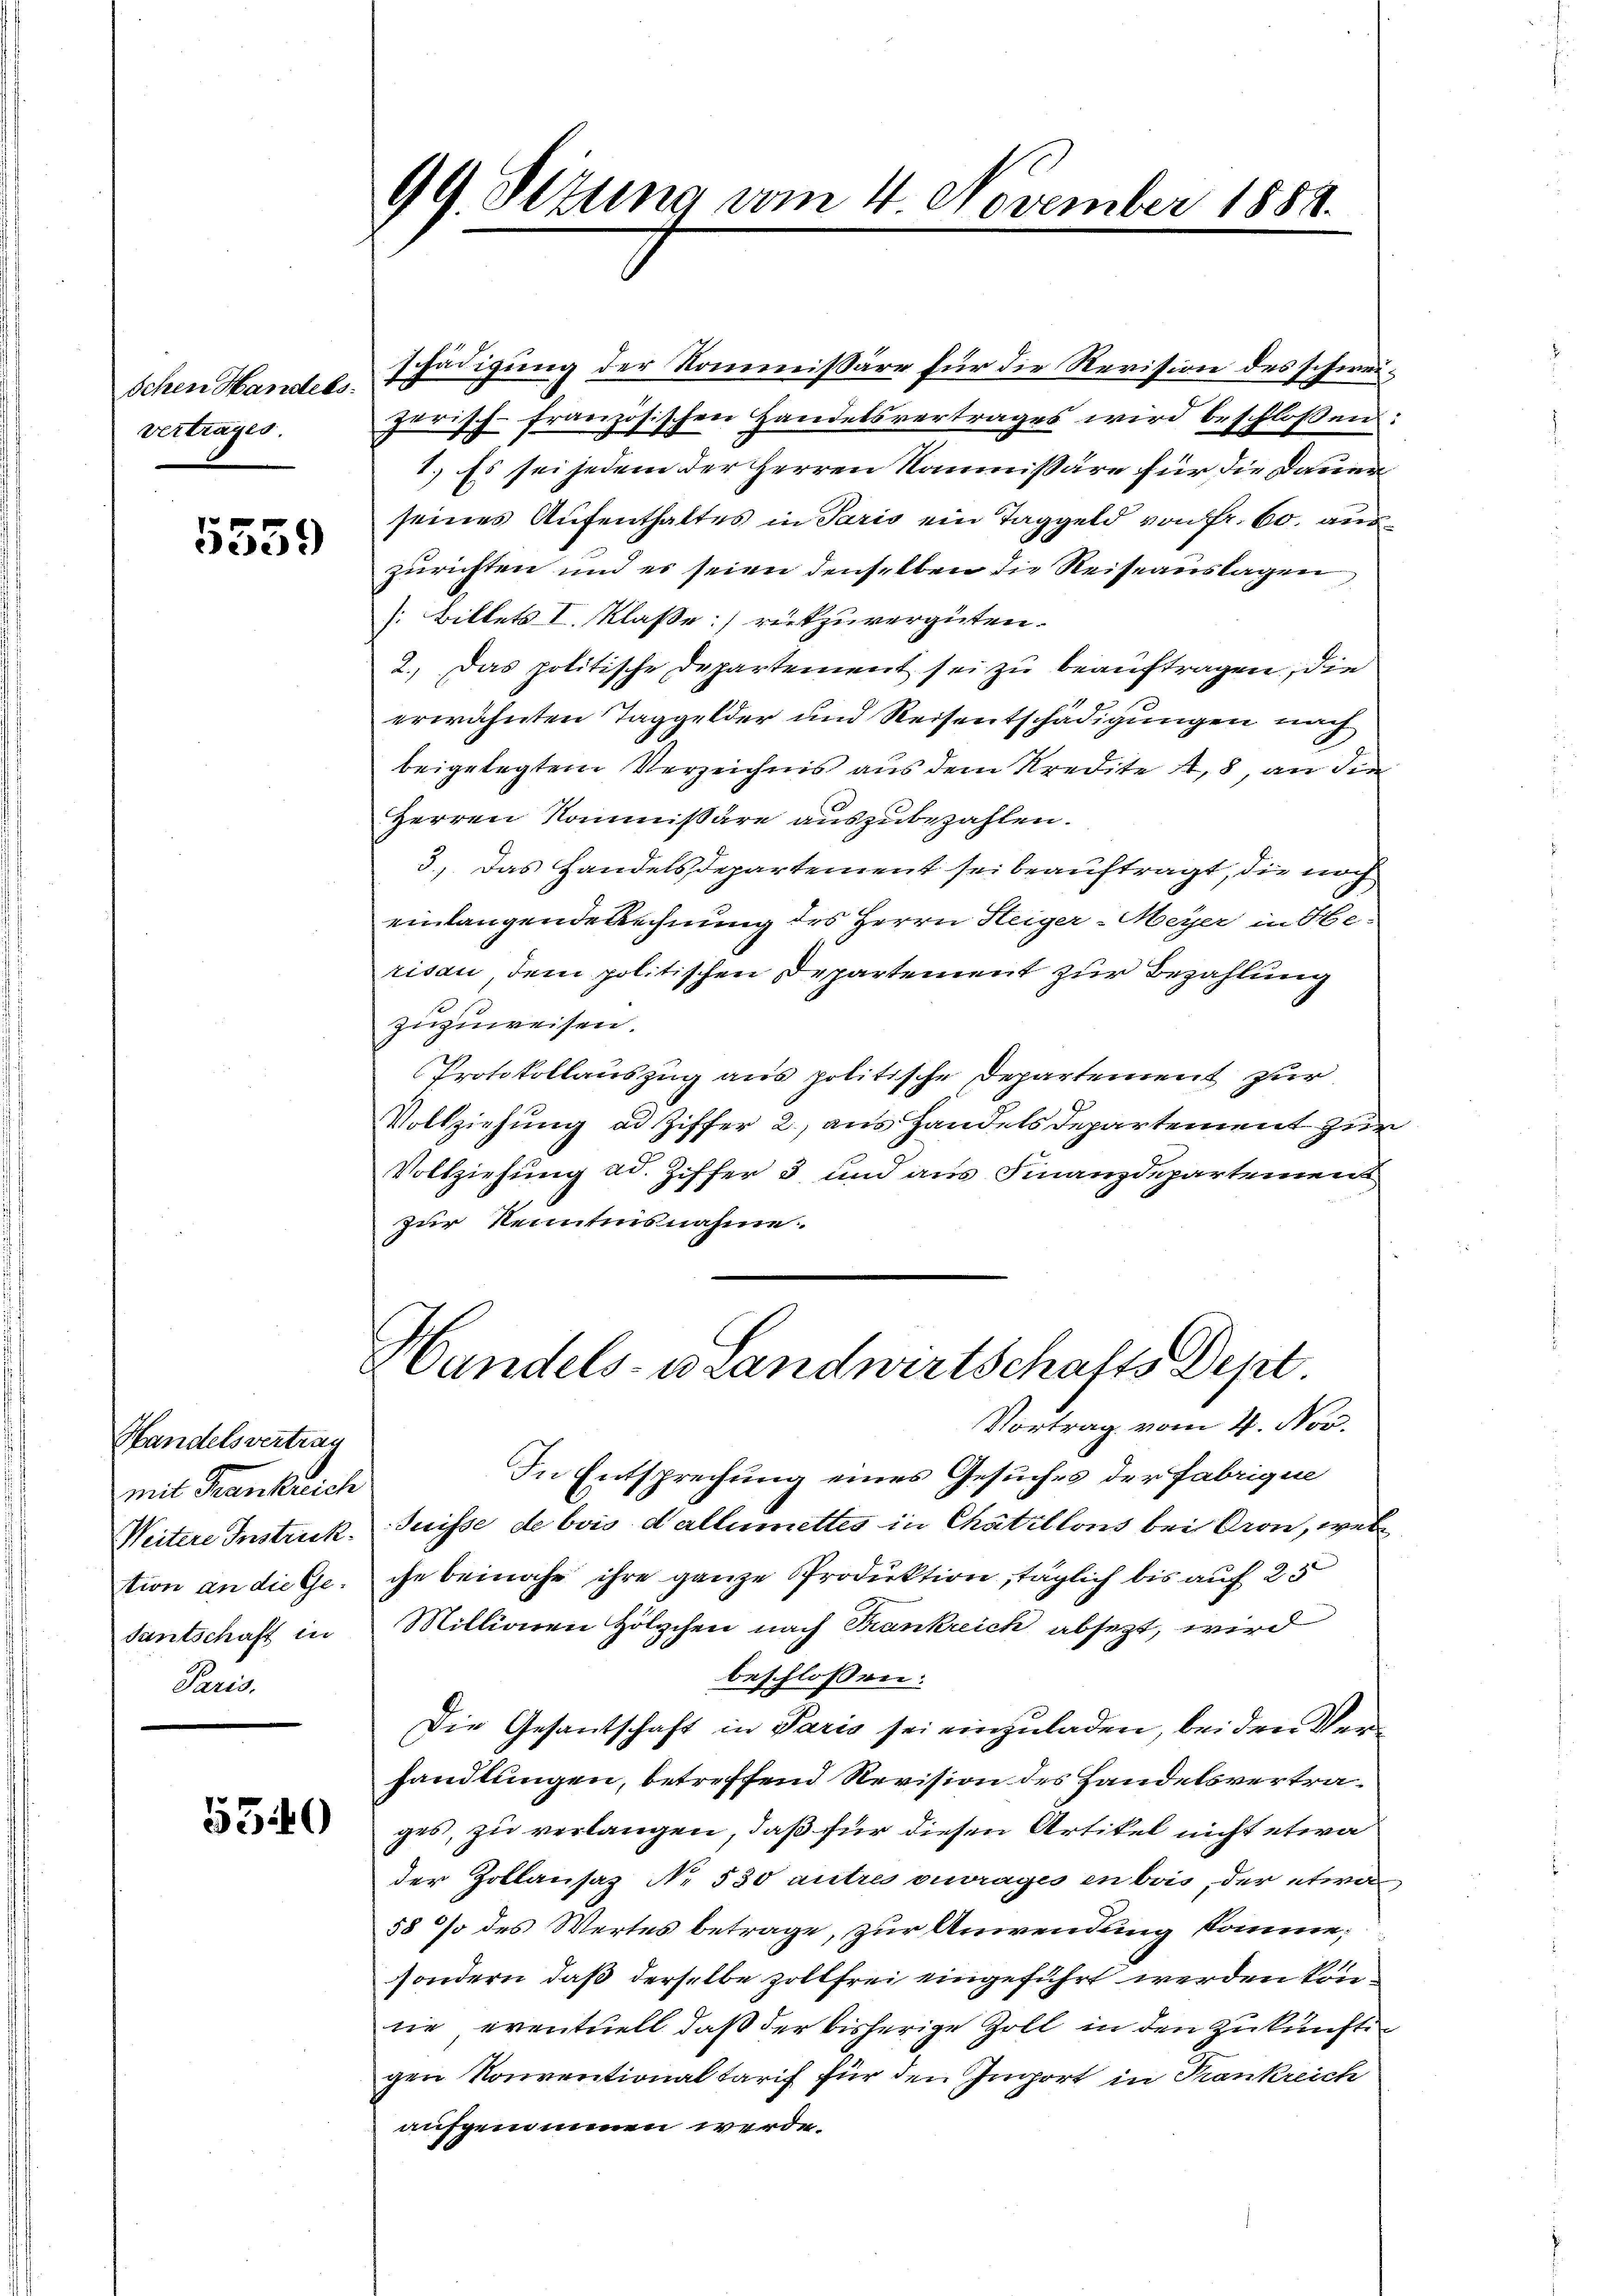
schen Handels.
vertrages.

5559

Handelsvertrag
mit Frankreich
Weitere Instruck.
tion an die Ge¬
Santschaft in
Paris.

5540

99. Ottung vom 4. November 1884.

schädigung der Kommissäre für die Revision des schweijurisch-französischen Handelsvertrages wird beschlossen:
7.) Es sei jedem der Herren Kommissäre für die Dauer
seines Aufenthaltes in Paris ein Taggeld von Fr. 60. auszurichten und es seien denselben die Reiseauslagen
(Billets I. Klasse) rückzuvergüten.
2.) Das politische Departement sei zu beauftragen, die
erwähnten Taggelder und Reisentschädigungen nach
beigelegtem Verzeichnis aus dem Kredite 48, an die
Herren Kommissäre auszubezahlen.
3.) Das Handelsdepartement sei beauftragt, die noch
einlangende Rechnung des Herrn Heiger-Meyer in He-
risau, dem politischen Departement zur Bezahlung
zuzuweisen.
Protokollauszug aus politische Departement zur
Vollziehŭng ad Ziffer 2, ans Handelsdepartement zur
Vollziehung ad. Ziffer 3 und aus Finanzdepartement
zur Kenntnisnahme.
Handels- u Landwirtschafts-Dept
Vortrag vom 4. Nov.
In Entsprechung eines Gesuches der Fabrique
Suisse de bois dallumettes in Chatillons bei Kron, welche beinahe ihre ganze Produktion, täglich bis auf 25
Millionen Holzchen nach Krankreich absetzt, wird
beschlossen:
Die Gesantschaft in Paris sei einzuladen, bei den Verhandlungen, betreffend Revision des Handelsvertrages, zu verlangen, daß für diesen Artikel nicht etwa
der Zollansaz No. 530 autres ouvrages en bois, der etwa
58 % des Wertes betrage, zur Anwendung komme;
sondern, daß derselbe zollfrei eingeführt werden könrie eventuell, daß der bisherige Zoll in den zukünfte
gen Konventionaltarif für den Import in Trankreich
aufgenommen werde.